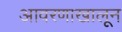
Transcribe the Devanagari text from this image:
आवरणाखालून